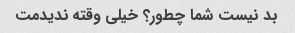
بد نیست شما چطور؟ خیلی وقته ندیدمت